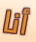
أنا